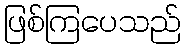
ဖြစ်ကြပေသည်